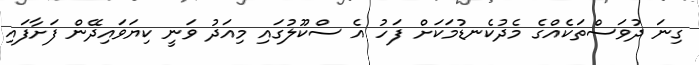
ގިނަ ދުވަސްތަކެއްގެ މެދުކެނޑުމަކަށް ފަހު އެ ސްކޫލުގައި މިއަދު ވަނީ ކިޔަވައިދޭން ފަށާފައި